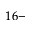
1 6 -